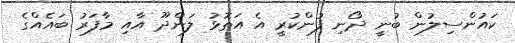
ކައުންސިލުން ބުނީ ދޯނި ފުންކުރީ އެ އަތޮޅު ލަންދޫ އާއި މާފަރު ބައެއްގެ